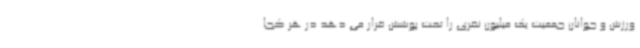
ورزش و جوانان جمعیت یک میلیون نفری را تحت پوشش قرار می دهد در هر کجا